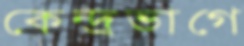
কেন্দ্রভাগে